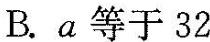
B.a等于32